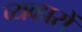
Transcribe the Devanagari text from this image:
व्यव्हारों